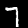
Label: 7